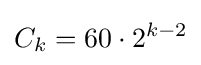
C_{k}=60\cdot 2^{k-2}